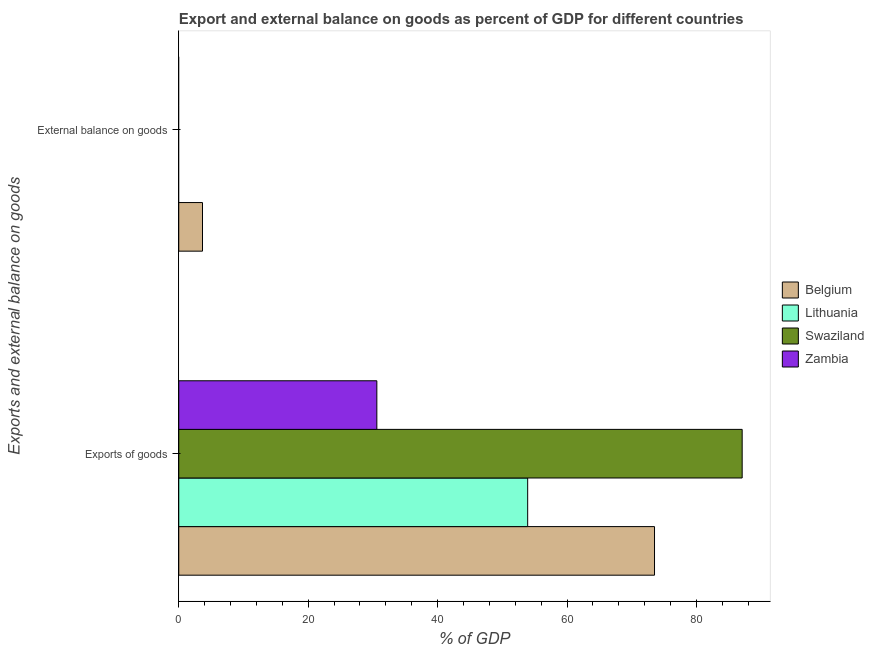
| Exports and external balance on goods | Belgium | Lithuania | Swaziland | Zambia |
 | --- | --- | --- | --- | --- |
 | Exports of goods | 73.5 | 53.9 | 87.1 | 30.6 |
 | External balance on goods | 3.67 | -7.18 | -4.12 | -0.979 |